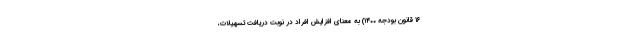
۱۶ قانون بودجه ۱۴۰۰) به معنای افزایش افراد در نوبت دریافت تسهیلات،